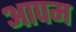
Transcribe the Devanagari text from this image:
आपम